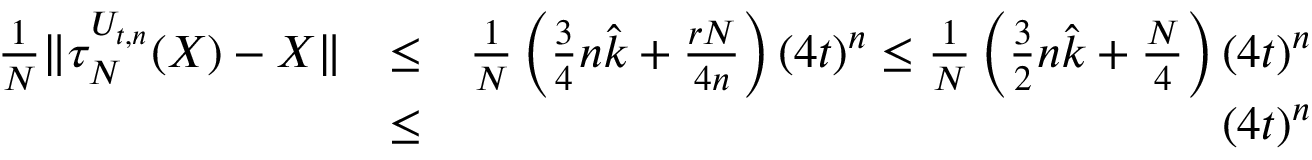
\begin{array} { r l r } { \frac { 1 } { N } \| \tau _ { N } ^ { U _ { t , n } } ( X ) - X \| } & { \leq } & { \frac { 1 } { N } \left( \frac 3 4 n \hat { k } + \frac { r N } { 4 n } \right) ( 4 t ) ^ { n } \leq \frac { 1 } { N } \left( \frac 3 2 n \hat { k } + \frac { N } { 4 } \right) ( 4 t ) ^ { n } } \\ & { \leq } & { ( 4 t ) ^ { n } } \end{array}